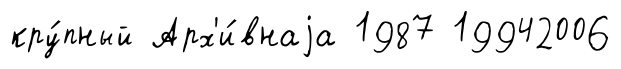
кру́пный Арх'и́внаjа 1987 19942006